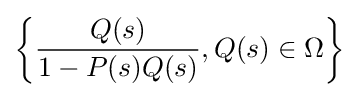
\left\{{\frac {Q(s)}{1-P(s)Q(s)}},Q(s)\in \Omega \right\}